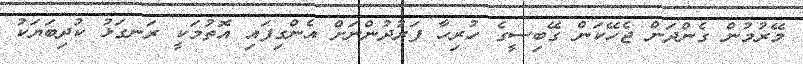
މޭރުމުން ގެންދަން ޖެހޭކަން ގޭބިސީގެ ހުރިހާ ފަރުދުންނަށް އެންގިފައި އޮތުމަކީ ރަނގަޅު ކުދިބަޔަކު